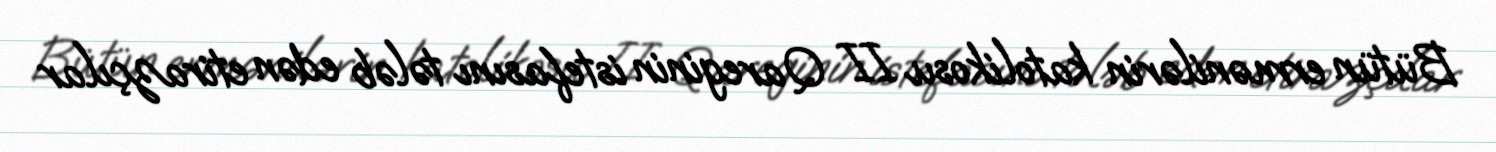
Bütün ermənilərin katolikosu II Qareginin istefasını tələb edən etirazçılar